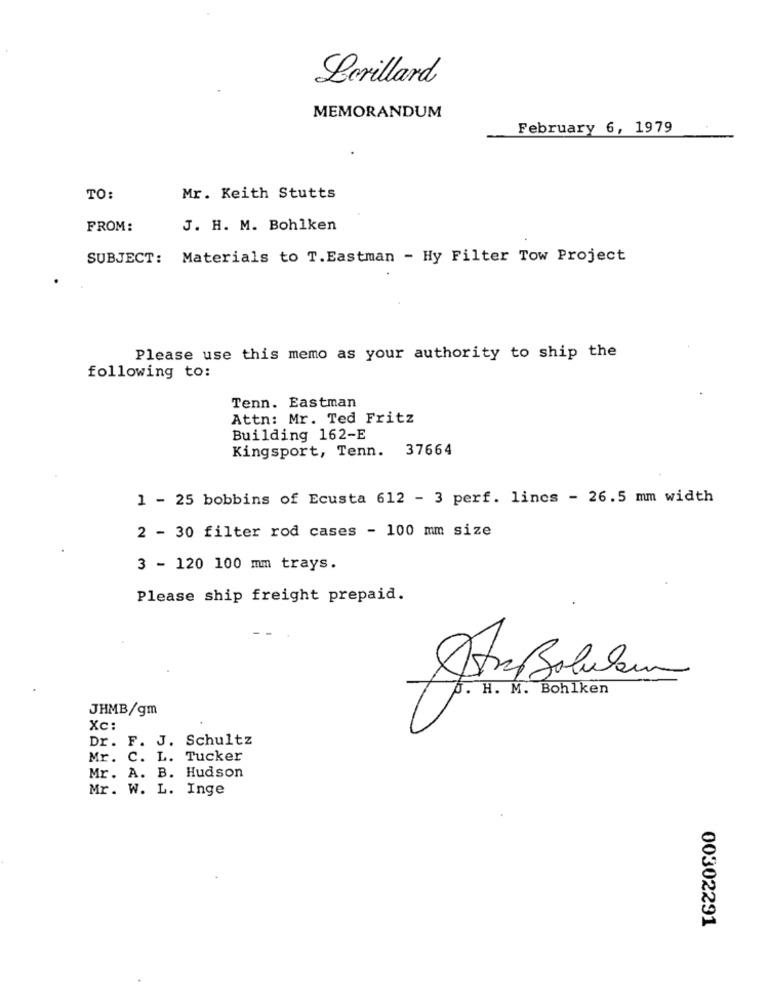
Lorillard
MEMORANDUM
February 6, 1979
TO:
Mr. Keith Stutts
FROM:
J. H. M. Bohlken
SUBJECT: Materials to T.Eastman - Hy Filter Tow Project
Please use this memo as your authority to ship the
following to:
Tenn. Eastman
Attn: Mr. Ted Fritz
Building 162-E
Kingsport, Tenn. 37664
1 - 25 bobbins of Ecusta 612 - 3 perf. lincs - 26.5 mm width
2 - 30 filter rod cases - 100 mm size
3 - 120 100 mm trays.
Please ship freight prepaid.
Str Soulan
H. M. Bohlken
JHMB/gm
Xc:
Dr. F. J. Schultz
Mr. C. L. Tucker
Mr. A. B. Hudson
Mr. W. L. Inge
00302291